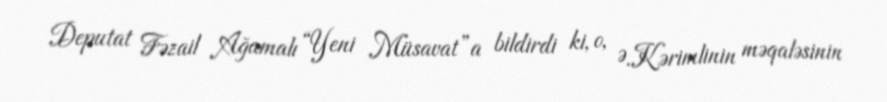
Deputat Fəzail Ağamalı “Yeni Müsavat”a bildirdi ki, o, Ə.Kərimlinin məqaləsinin